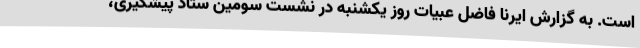
است. به گزارش ایرنا فاضل عبیات روز یکشنبه در نشست سومین ستاد پیشگیری،